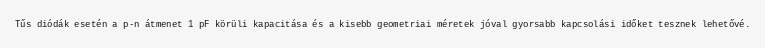
Tűs diódák esetén a p-n átmenet 1 pF körüli kapacitása és a kisebb geometriai méretek jóval gyorsabb kapcsolási időket tesznek lehetővé.